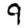
Digit: 9